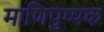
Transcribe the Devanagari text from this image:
माणिपुष्पक